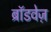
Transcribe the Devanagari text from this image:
ब्रॉडवेज़